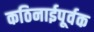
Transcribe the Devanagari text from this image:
कठिनाईपूर्वक